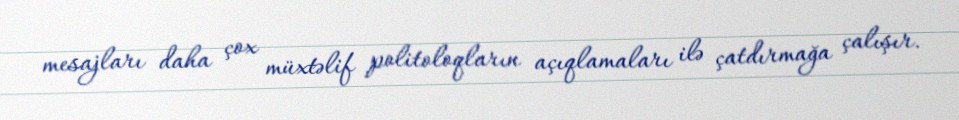
mesajları daha çox müxtəlif politoloqların açıqlamaları ilə çatdırmağa çalışır.